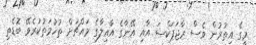
މީގެ އިތުރުން ވެސް ރާޖަޕަކްސަ އާއި އޭނާގެ އާއިލާގެ މައްޗަށް ތުހުމަތުކުރެވޭ ބޮޑެތި